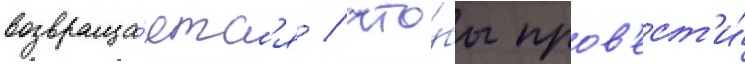
возвраща́етс'я / что́бы пров'ест'и́